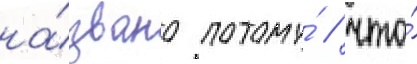
на́звано потому́ / что́